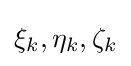
{\textstyle \xi _{k},\eta _{k},\zeta _{k}}